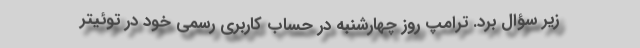
زیر سؤال برد. ترامپ روز چهارشنبه در حساب کاربری رسمی خود در توئیتر